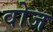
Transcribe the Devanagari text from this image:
वोज